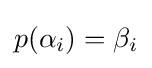
p(\alpha _{i})=\beta _{i}